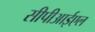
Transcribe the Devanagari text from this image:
सीपीआईएल